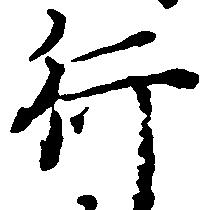
行